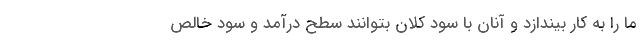
ما را به کار بیندازد و آنان با سود کلان بتوانند سطح درآمد و سود خالص